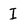
Character: I